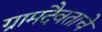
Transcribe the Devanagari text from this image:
ग्रामदैवताचे